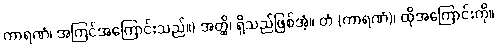
ကာရဏံ၊ အကြင်အကြောင်းသည်။) အတ္ထိ၊ ရှိသည်ဖြစ်အံ့။ တံ (ကာရဏံ)၊ ထိုအကြောင်းကို။